Annual administration report of the Civil Veterinary Department of India - 1907-1908
Year: 1907
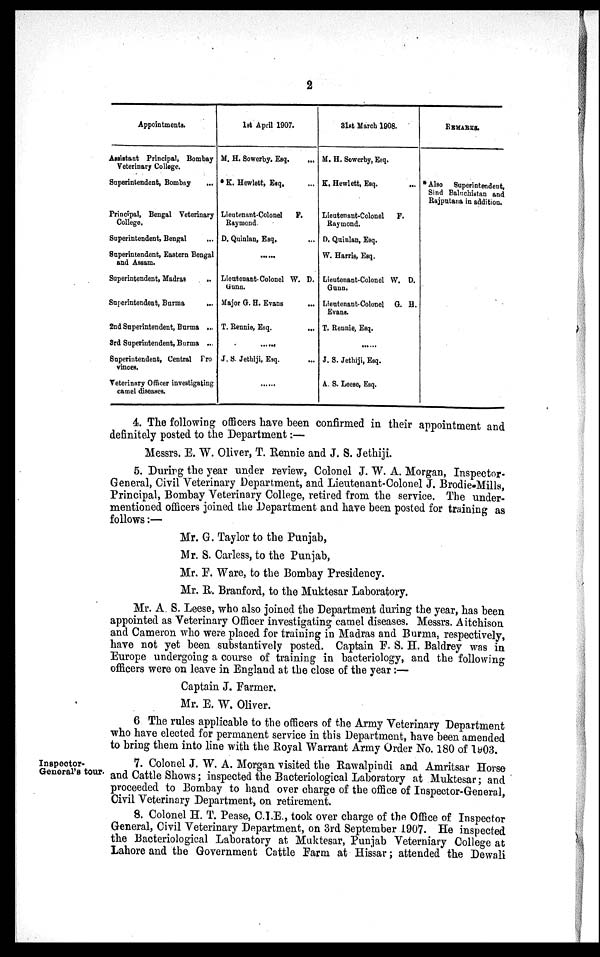
2
Appointments.
Assistant Principal, Bombay
Veterinary College.
Superintendent, Bombay
...
Principal, Bengal Veterinary
College.
Superintendent, Bengal
Superintendent, Eastern Bengal
and Assam.
Superintendent, Madras
..
Superintendent, Burma
...
2nd Superintendent, Burma ...
3rd Superintendent, Burma ...
Superintendent, Central Pro
vinces.
Veterinary Officer investigating
camel diseases.
1st April 1907.
M. H. Sowerby. Esq.
...
* K. Hewlett, Esq. ...
Lieutennnt-Colonel
F.
Raymond
D. Quinlan, Esq. ...
......
Lieutenant-Colonel W. D.
Gunn.
Major G. H. Evans
...
T. Rennie, Esq.
...
......
J. S. Jethiji, Esq.
...
......
31st March 1908.
M. H. Sowerby, Esq.
K. Hewlett, Esq.
...
Lieutenant-Colonel
F.
Raymond.
D. Quinlan, Esq.
W. Harris, Esq.
Lieutenant-Colonel W. D.
Gunn.
Lieutenant-Colonel G. H.
Evans.
T. Rennie, Esq.
......
J. S. Jethiji, Esq.
A. S. Leese, Esq.
REMARKS.
* Also
Superintendent,
Sind Baluchistan and
Rajputana in addition.
4. The following officers have been confirmed in their appointment and
definitely posted to the Department:—
Messrs. E. W. Oliver, T. Rennie and J. S. Jethiji.
5. During the year under review, Colonel J. W. A. Morgan, Inspector-
General, Civil Veterinary Department, and Lieutenant-Colonel J. Brodie-Mills,
Principal, Bombay Veterinary College, retired from the service. The under-
mentioned officers joined the Department and have been posted for training as
follows:—
Mr. G. Taylor to the Punjab,
Mr. S. Carless, to the Punjab,
Mr. F. Ware, to the Bombay Presidency.
Mr. R. Branford, to the Muktesar Laboratory.
Mr. A. S. Leese, who also joined the Department during the year, has been
appointed as Veterinary Officer investigating camel diseases. Messrs. Aitchison
and Cameron who were placed for training in Madras and Burma, respectively,
have not yet been substantively posted. Captain F. S. H. Baldrey was in
Europe undergoing a course of training in bacteriology, and the following
officers were on leave in England at the close of the year :—
Captain J. Farmer.
Mr. E. W. Oliver.
6 The rules applicable to the officers of the Army Veterinary Department
who have elected for permanent service in this Department, have been amended
to bring them into line with the Royal Warrant Army Order No. 180 of 1903.
Inspector-
General's tour.
7. Colonel J. W. A. Morgan visited the Rawalpindi and Amritsar Horse
and Cattle Shows; inspected the Bacteriological Laboratory at Muktesar; and
proceeded to Bombay to hand over charge of the office of Inspector-General,
Civil Veterinary Department, on retirement.
8. Colonel H. T. Pease, C.I.E., took over charge of the Office of Inspector
General, Civil Veterinary Department, on 3rd September 1907. He inspected
the Bacteriological Laboratory at Muktesar, Punjab Veterniary College at
Lahore and the Government Cattle Farm at Hissar; attended the Dewali